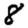
Digit: 8